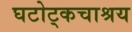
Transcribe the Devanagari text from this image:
घटोट्कचाश्रय